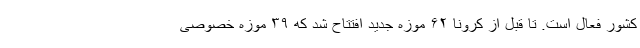
کشور فعال است. تا قبل از کرونا ۶۲ موزه جدید افتتاح شد که ۳۹ موزه خصوصی